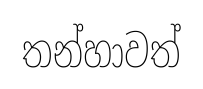
තන්හාවත්